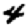
Digit: 4